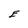
Character: E